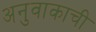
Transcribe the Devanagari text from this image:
अनुवाकाची